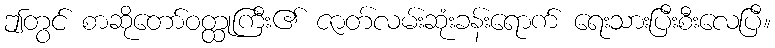
ဤတွင် စာဆိုတော်ဝတ္ထုကြီး၏ ဇာတ်လမ်းဆုံးခန်းရောက် ရေးသားပြီးစီးလေပြီ။